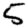
Digit: 5